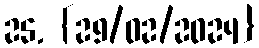
25. {29/02/2024}